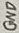
Text: GND